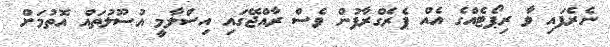
ނެރެފައި ވާ ރިޕޯޓެއްގެ އެއް ޕެރެގްރާފުން ވެސް ރާއްޖޭގައި އިސްލާމީ އުސޫލުތައް އޮތުމަށް